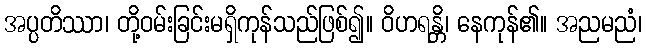
အပ္ပတိဿာ၊ တို့ဝမ်းခြင်းမရှိကုန်သည်ဖြစ်၍။ ဝိဟရန္တိ၊ နေကုန်၏။ အညမညံ၊